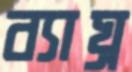
ব্যাঘ্র